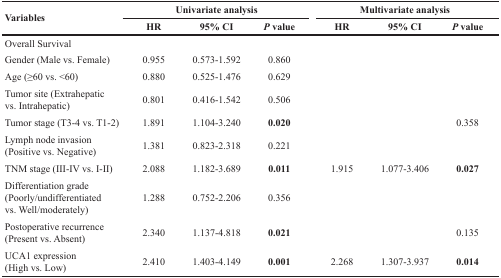
<table><thead><tr><td rowspan="2"><b>Variables</b></td><td colspan="3"><b>Univariate analysis</b></td><td colspan="3"><b>Multivariate analysis</b></td></tr><tr><td><b>HR</b></td><td><b>95% CI</b></td><td><b><i>P</i> value</b></td><td><b>HR</b></td><td><b>95% CI</b></td><td><b><i>P</i> value</b></td></tr></thead><tbody><tr><td>Overall Survival</td><td></td><td></td><td></td><td></td><td></td><td></td></tr><tr><td>Gender (Male vs. Female)</td><td>0.955</td><td>0.573-1.592</td><td>0.860</td><td></td><td></td><td></td></tr><tr><td>Age (≥60 vs. &lt;60)</td><td>0.880</td><td>0.525-1.476</td><td>0.629</td><td></td><td></td><td></td></tr><tr><td>Tumor site (Extrahepatic vs. Intrahepatic)</td><td>0.801</td><td>0.416-1.542</td><td>0.506</td><td></td><td></td><td></td></tr><tr><td>Tumor stage (T3-4 vs. T1-2)</td><td>1.891</td><td>1.104-3.240</td><td><b>0.020</b></td><td></td><td></td><td>0.358</td></tr><tr><td>Lymph node invasion (Positive vs. Negative)</td><td>1.381</td><td>0.823-2.318</td><td>0.221</td><td></td><td></td><td></td></tr><tr><td>TNM stage (III-IV vs. I-II)</td><td>2.088</td><td>1.182-3.689</td><td><b>0.011</b></td><td>1.915</td><td>1.077-3.406</td><td><b>0.027</b></td></tr><tr><td>Differentiation grade (Poorly/undifferentiated vs. Well/moderately)</td><td>1.288</td><td>0.752-2.206</td><td>0.356</td><td></td><td></td><td></td></tr><tr><td>Postoperative recurrence (Present vs. Absent)</td><td>2.340</td><td>1.137-4.818</td><td><b>0.021</b></td><td></td><td></td><td>0.135</td></tr><tr><td>UCA1 expression (High vs. Low)</td><td>2.410</td><td>1.403-4.149</td><td><b>0.001</b></td><td>2.268</td><td>1.307-3.937</td><td><b>0.014</b></td></tr></tbody></table>